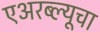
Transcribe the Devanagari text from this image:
एअरब्ल्यूचा